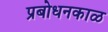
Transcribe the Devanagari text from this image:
प्रबोधनकाळ